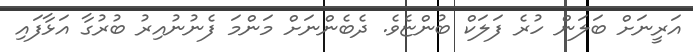
އަރީނަށް ބަލަން ހުރެ ފަލަކް ބުންޏެވެ. ދެބެންނަށް މަންމަ ފެނުނުއިރު ބުރުގާ އަޅާފައި